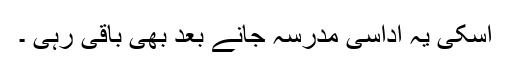
اسکی یہ اُداسی مدرسہ جانے بعد بھی باقی رہی ۔